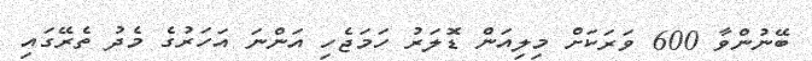
ބޭނުންވާ 600 ވަރަކަށް މިލިއަން ޑޮލަރު ހަމަޖެހި އަންނަ އަހަރުގެ މެދު ތެރޭގައި